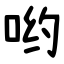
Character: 哟